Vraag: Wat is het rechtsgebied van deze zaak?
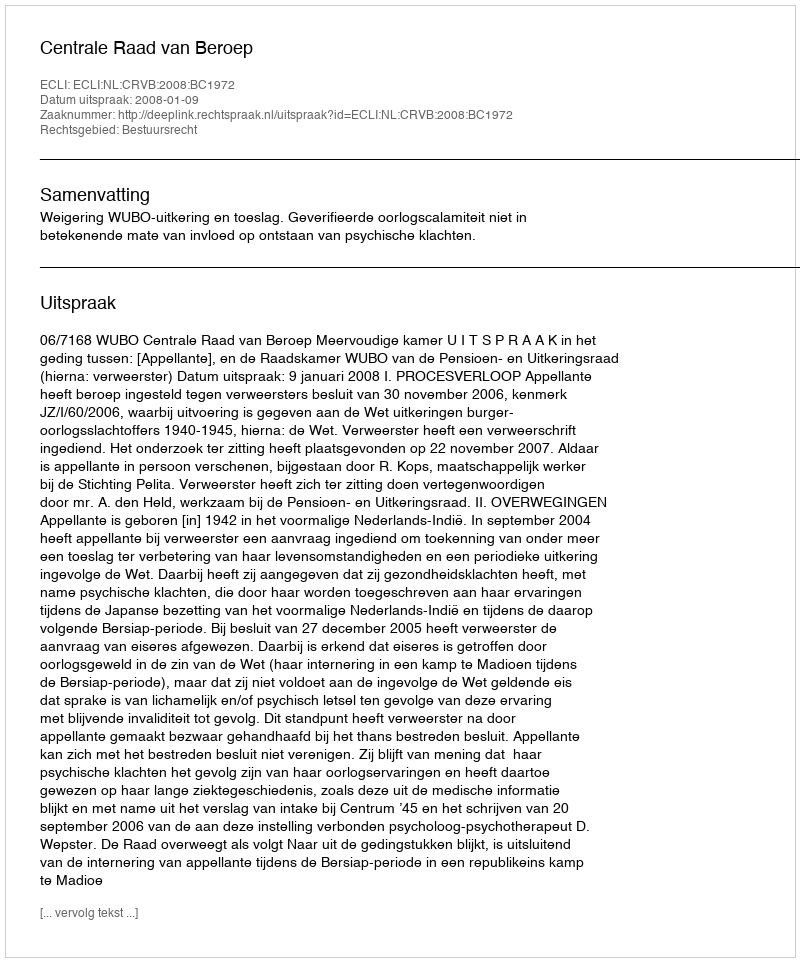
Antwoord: Bestuursrecht